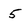
Character: 5